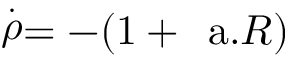
\stackrel { . } { \rho } = - ( 1 + \mathrm { \Large ~ a } . R )